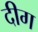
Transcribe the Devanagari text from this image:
दीग